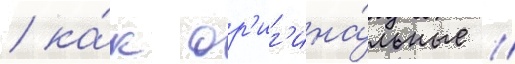
/ ка́к ор'иг'ина́льные /